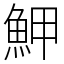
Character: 魻